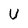
Character: U